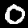
Label: 0